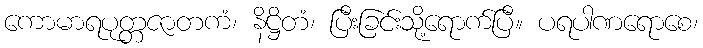
ကောမာရပုတ္တဇာတကံ၊ နိဋ္ဌိတံ၊ ပြီးခြင်းသို့ရောက်ပြီ။ ပရပါဏရောစေ၊